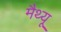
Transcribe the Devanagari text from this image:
मैथ्‍यू